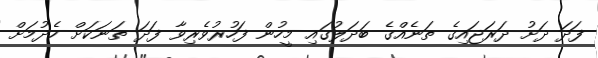
ފަދަ ދަށު ދަރަޖައިގެ ތަނެއްގެ ބަދަލުގައި މީހުން ފަހުރުވެރިވާ ފަދަ ތަނަކަށް ހެދުމަށް